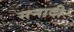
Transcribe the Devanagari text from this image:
सनादी